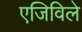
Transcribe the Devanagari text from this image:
एजिविले